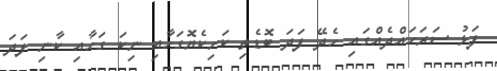
ފަޅު ސަރަހައްދެއްގައި ހެދޭ ފަދަ ބޮޑެތި ކަށިކެޔޮގަހާއި ނިކަ ގަހާއި ކާނި ފަދަ